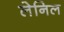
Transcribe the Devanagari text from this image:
लेनिल